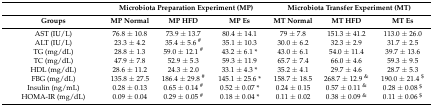
|  | <COLSPAN=3> Microbiota Preparation Experiment (MP) | <COLSPAN=3> Microbiota Transfer Experiment (MT) |
 | Groups | MP Normal | MP HFD | MP Es | MT Normal | MT HFD | MT Es |
 | --- | --- | --- | --- | --- | --- | --- |
 | AST (IU/L) | 76.8 ± 10.8 | 73.9 ± 13.7 | 80.4 ± 14.1 | 79 ± 7.8 | 151.3 ± 41.2 | 113.0 ± 26.0 |
 | ALT (IU/L) | 23.3 ± 4.2 | 35.4 ± 5.6 # | 35.1 ± 10.3 | 30.0 ± 6.2 | 32.3 ± 2.9 | 31.7 ± 2.5 |
 | TG (mg/dL) | 28.8 ± 1.3 | 59.0 ± 12.1 # | 43.2 ± 6.1 * | 43.0 ± 6.1 | 54.0 ± 11.4 | 39.7 ± 13.6 |
 | TC (mg/dL) | 47.9 ± 7.8 | 52.9 ± 5.3 | 59.3 ± 11.9 | 65.7 ± 7.4 | 66.0 ± 4.6 | 59.3 ± 9.5 |
 | HDL (mg/dL) | 28.6 ± 11.2 | 24.3 ± 2.0 | 33.1 ± 4.3 * | 35.2 ± 4.1 | 29.7 ± 4.6 | 28.7 ± 5.3 |
 | FBG (mg/dL) | 135.8 ± 27.5 | 186.4 ± 29.8 # | 145.1 ± 25.6 * | 158.7 ± 18.5 | 268.7 ± 12.9 & | 190.0 ± 21.4 $ |
 | Insulin (ng/mL) | 0.28 ± 0.13 | 0.65 ± 0.14 # | 0.52 ± 0.07 * | 0.24 ± 0.15 | 0.57 ± 0.11 & | 0.28 ± 0.08 $ |
 | HOMA-IR (mg/dL) | 0.09 ± 0.04 | 0.29 ± 0.05 # | 0.18 ± 0.04 * | 0.11 ± 0.02 | 0.38 ± 0.09 & | 0.11 ± 0.06 $ |